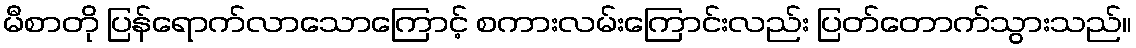
မီစာတို ပြန်ရောက်လာသောကြောင့် စကားလမ်းကြောင်းလည်း ပြတ်တောက်သွားသည်။